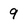
Character: 9